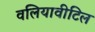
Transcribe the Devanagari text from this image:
वलियावीटिल